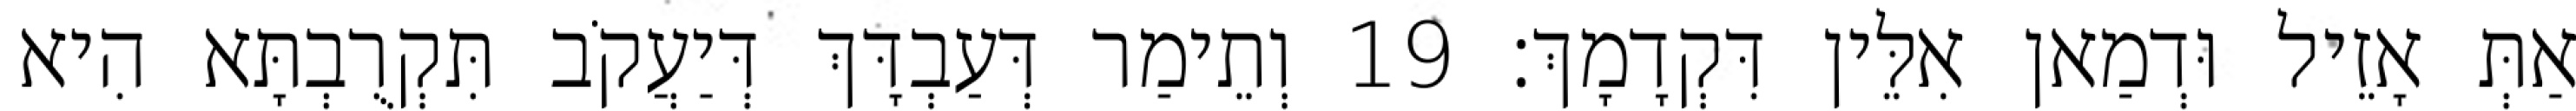
אַתְּ אָזֵיל וּדְמַאן אִלֵּין דִּקְדָמָךְ׃ 19 וְתֵימַר דְּעַבְדָּךְ דְּיַעֲקֹב תִּקְרֻבְתָּא הִיא